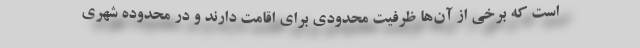
است که برخی از آن‌ها ظرفیت محدودی برای اقامت دارند و در محدوده شهری